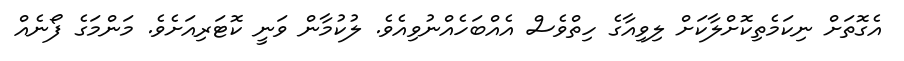
އެގޮތަށް ނިކަމެތިކޮށްލާކަށް ލިވިއާގެ ހިތްވެސް އެއްބަހެއްނުވިއެވެ. ލުކުމާން ވަނީ ކޮޓަރިއަށެވެ. މަންމަގެ ފޯނެއް